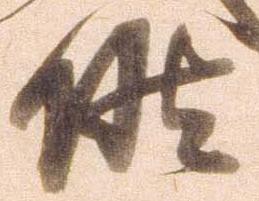
候